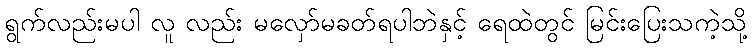
ရွက်လည်းမပါ လူ လည်း မလှော်မခတ်ရပါဘဲနှင့် ရေထဲတွင် မြင်းပြေးသကဲ့သို့